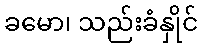
ခမော၊ သည်းခံနှိုင်